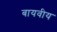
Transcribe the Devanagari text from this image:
बायवीय